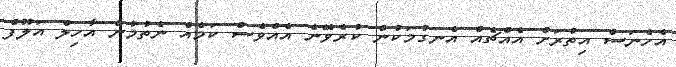
އެހެނަސް އިތުރަށް އެއްޗެއް އެނގުމަކުން ކުރެވޭނެ އެއްވެސް ކަމެއް ނެތުމުން އާހިލް އަލޫފް